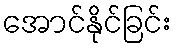
အောင်နိုင်ခြင်း